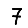
Digit: 7